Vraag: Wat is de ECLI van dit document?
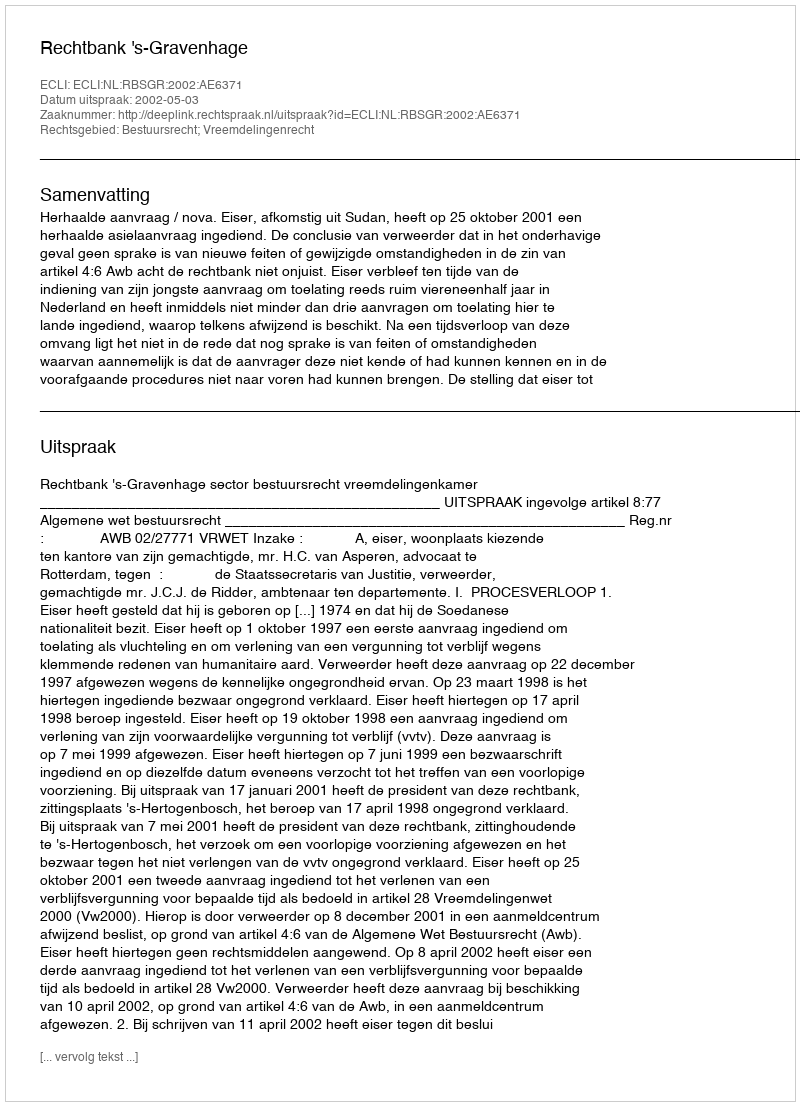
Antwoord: ECLI:NL:RBSGR:2002:AE6371